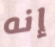
إنه